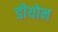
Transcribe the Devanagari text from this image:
डीयोन